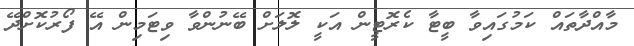
މާއްދާތައް ކަމުގައިވާ ބީޓާ ކެރޮޓީން އަކީ ލޮލަށް ބޭނުންވާ ވިޓަމިން އޭ ފޯރުކޮށްދޭ